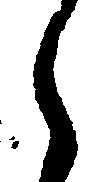
々